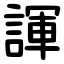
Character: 諢